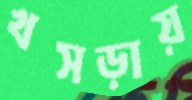
খসড়ায়